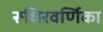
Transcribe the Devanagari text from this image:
रूधिरवर्णिका